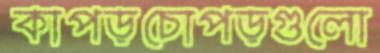
কাপড়চোপড়গুলো